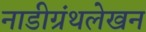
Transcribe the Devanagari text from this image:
नाडीग्रंथलेखन